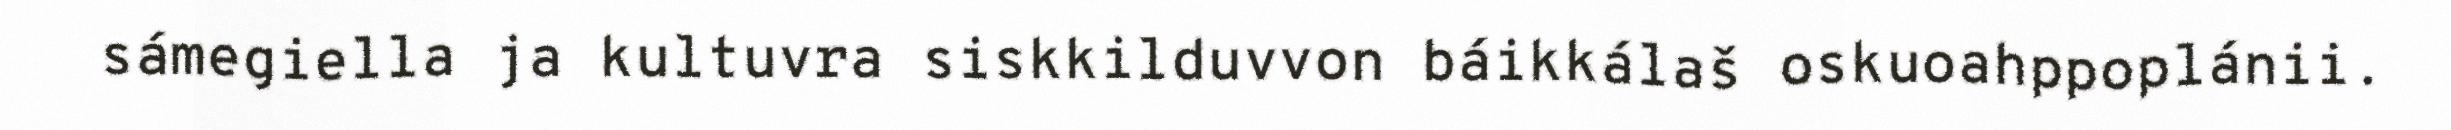
sámegiella ja kultuvra siskkilduvvon báikkálaš oskuoahppoplánii.